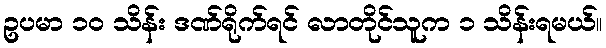
ဥပမာ ၁၀ သိန်း ဒဏ်ရိုက်ရင် လာတိုင်သူက ၁ သိန်းရမယ်။